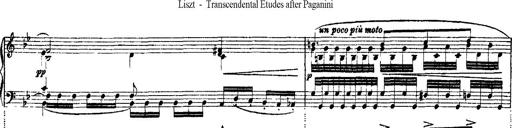
Title: Ã‰tudes d'exÃ©cution transcendante d'aprÃ¨s Paganini
Composer: Franz Liszt